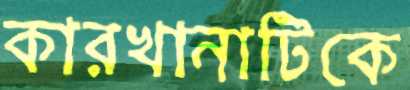
কারখানাটিকে